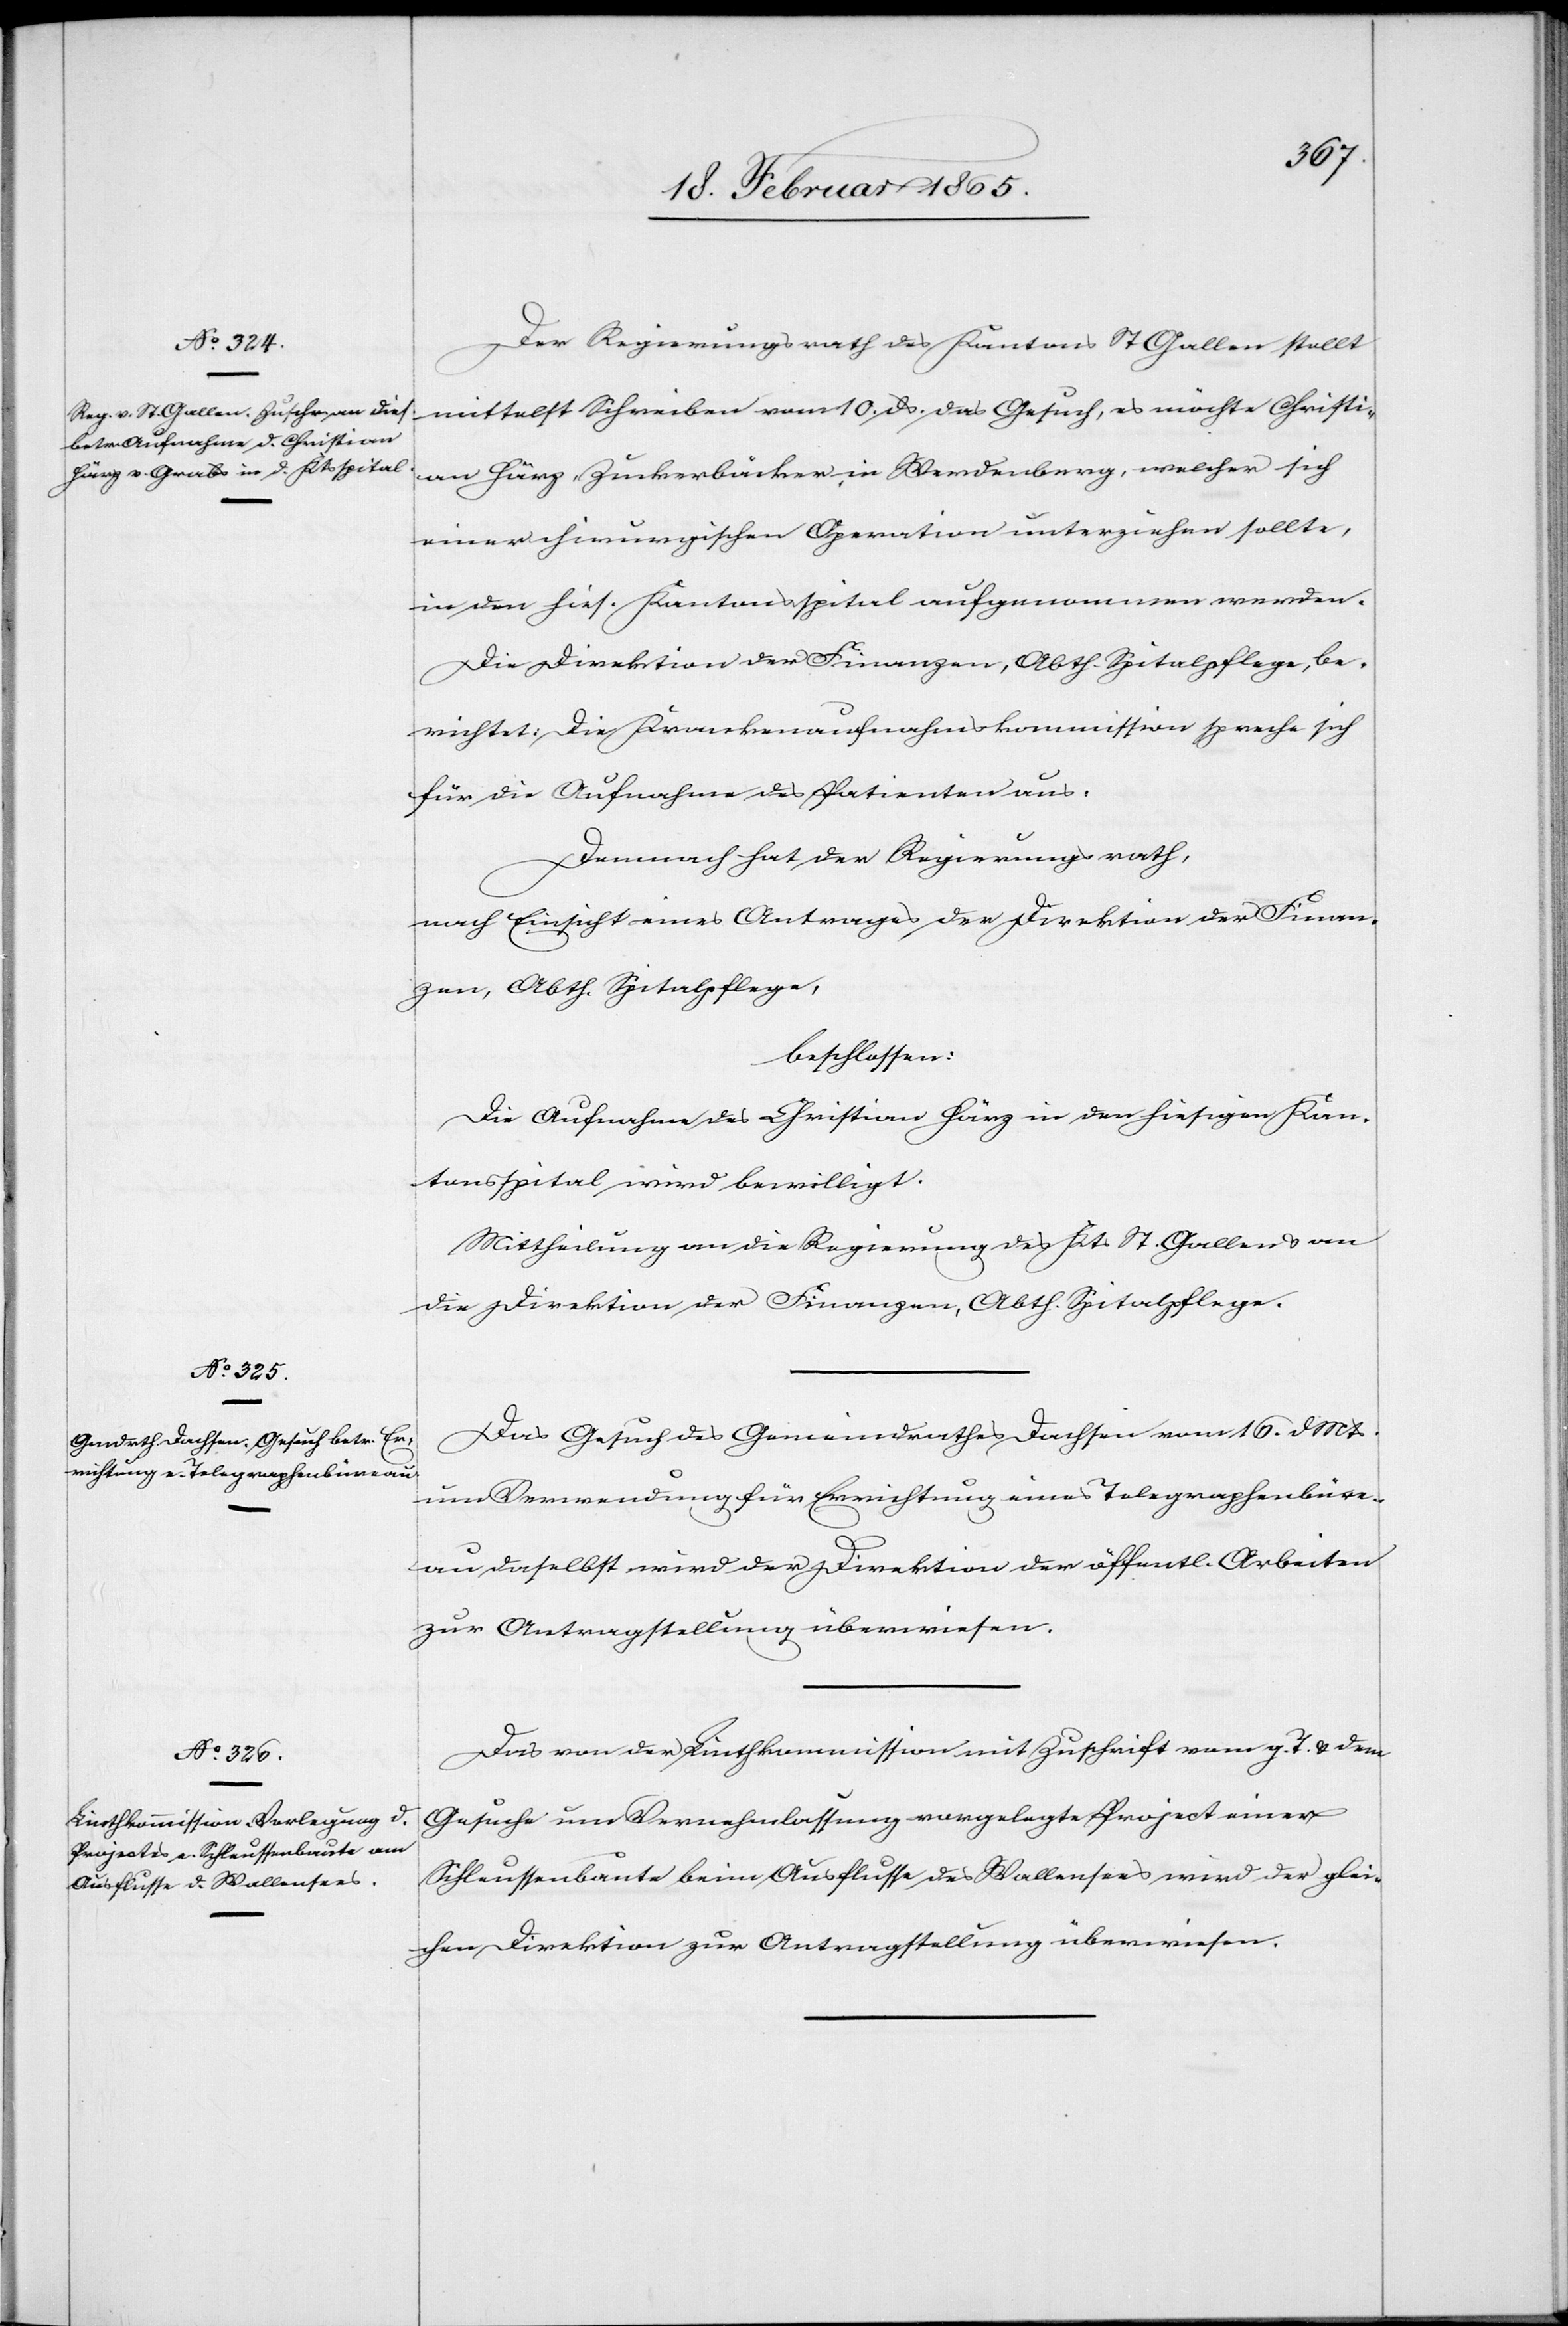
18. Februar 1865.]
Der Regierungsrath des Kantons St Gallen stellt
mittelst Schreiben vom 10. ds. das Gesuch, es möchte Christi¬
an Härz, Zuckerbäcker, in Werdenberg, welcher sich
einer chirurgischen Operation unterziehen sollte,
in den hies. Kantonsspital aufgenommen werden.
Die Direktion der Finanzen, Abth. Spitalpflege, be¬
richtet: Die Krankenaufnahmskommission spreche sich
für die Aufnahme des Patienten aus.
Demnach hat der Regierungsrath,
nach Einsicht eines Antrages der Direktion der Finan¬
zen, Abth. Spitalpflege,
beschlossen:
Die Aufnahme des Christian Härz in den hiesigen Kan¬
tonsspital wird bewilligt.
Mittheilung an die Regierung des Kts. St. Gallen u. an
die Direktion der Finanzen, Abth. Spitalpflege.
Das Gesuch des Gemeindrathes Dachsen vom 16. d Mts.
um Verwendung für Errichtung eines Telegraphenbüre¬
au daselbst wird der Direktion der öffentl. Arbeiten
zur Antragstellung überwiesen.
Das von der Linthkommission mit Zuschrift vom g. T. u. dem
Gesuche um Vernehmlassung vorgelegte Project einer
Schleussenbaute beim Ausflusse des Wallensees wird der glei¬
chen Direktion zur Antragstellung überwiesen.